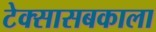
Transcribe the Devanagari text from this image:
टेक्सासबकाला